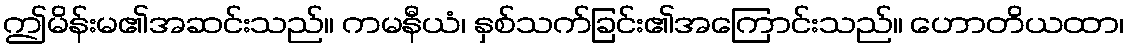
ဤမိန်းမ၏အဆင်းသည်။ ကမနီယံ၊ နှစ်သက်ခြင်း၏အကြောင်းသည်။ ဟောတိယထာ၊